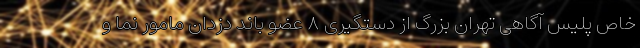
خاص پلیس آگاهی تهران بزرگ از دستگیری ۸ عضو باند دزدان مامور نما و